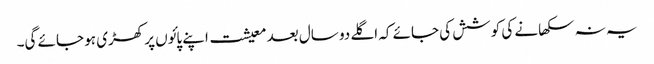
یہ نہ سکھانے کی کوشش کی جائے کہ اگلے دو سال بعد معیشت اپنے پائوں پر کھڑی ہو جائے گی۔